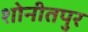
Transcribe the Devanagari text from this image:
शोनीतपुर